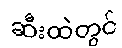
ဆီးထဲတွင်